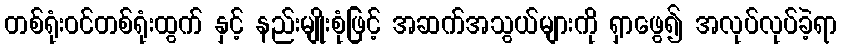
တစ်ရုံးဝင်တစ်ရုံးထွက် နှင့် နည်းမျိုးစုံဖြင့် အဆက်အသွယ်များကို ရှာဖွေ၍ အလုပ်လုပ်ခဲ့ရာ